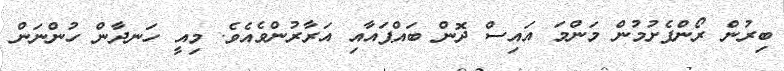
ބިރުން ރޯންފެށުމުން މަންމަ އައިސް ދޮން ބައްޕައާއި އަރާރުންވެއެވެ. މިއީ ހަނދާން ހުންނަން